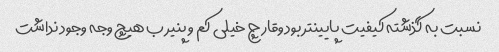
نسبت به گذشته کیفیت پایینتر بود وقارچ خیلی کم و پنیر ب هیچ وجه وجود نداشت